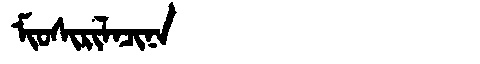
Manchu: ᠮᡳᠣᠰᡳᡵᡳᠯᠠᠴᡳᠨᠠ
Romanization: MIOSIRILACINA